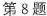
第8题